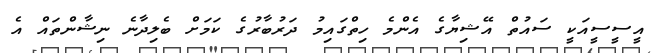
އީސީސީއަކީ ސައުތް އޭޝިޔާގެ އެންމެ ހިތްގައިމު ދަރުބާރުގެ ކަމަށް ބެލިދާނެ ނިޝާންތައް އެ